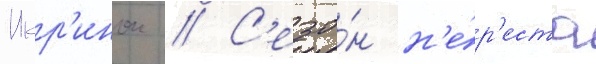
Икр'инок // С'езо́н н'е́р'еста